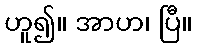
ဟူ၍။ အာဟ၊ ပြီ။